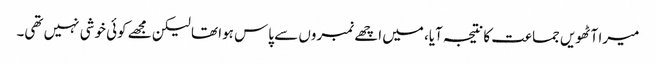
میرا آٹھویں جماعت کا نتیجہ آیا، میں اچھے نمبروں سے پاس ہوا تھا لیکن مجھے کوئی خوشی نہیں تھی۔